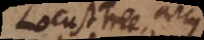
<<Locust Tree, arcus>>